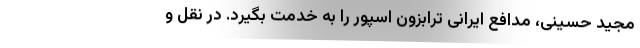
مجید حسینی، مدافع ایرانی ترابزون اسپور را به خدمت بگیرد. در نقل و